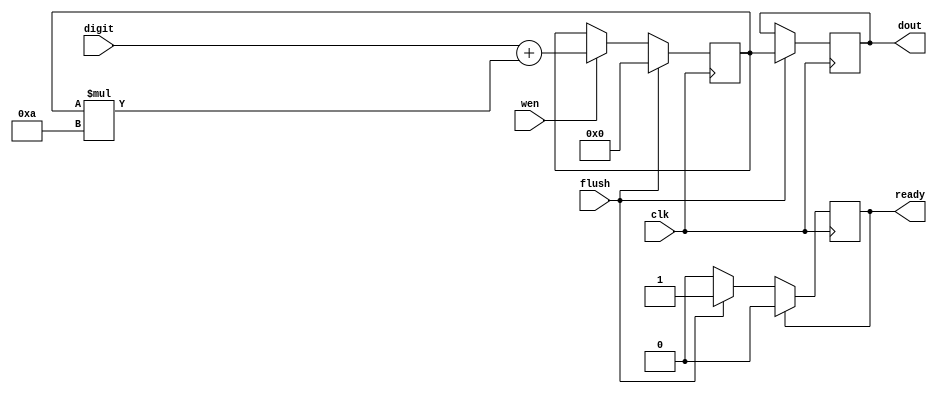
module digits_to_byte(clk,digit,wen,flush,ready,dout);
/* Parse series of decimal digits to number */

input clk;
input [3:0] digit; // Decimal digit as number. 0-9
input wen; // DO NOT set longer than 1 cycle
input flush; 
output reg ready;
output reg [15:0] dout;

reg [15:0] temp;


initial begin
	temp = 0;
	ready = 0;
end

always @(posedge clk) begin
		if(flush) begin
				temp<=0;
				dout<= temp;
				ready <= 1;
		end
		else if(wen) temp <= digit + (temp*10);

		if (ready) ready<=0;
end

endmodule